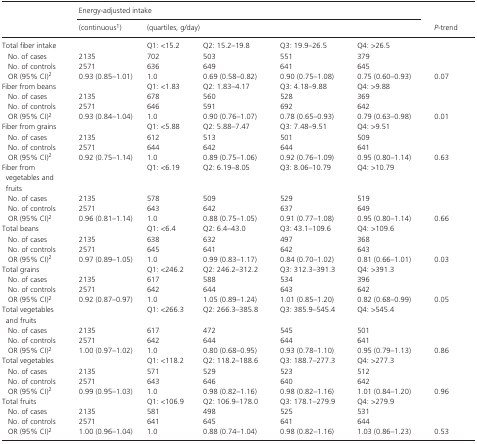
<table><thead><tr><td rowspan="2"></td><td colspan="5"><b>Energy‐adjusted intake</b></td><td rowspan="2"><b><i>P</i>‐trend</b></td></tr><tr><td><b>(continuousa)</b></td><td colspan="4"><b>(quartiles, g/day)</b></td></tr></thead><tbody><tr><td>Total fiber intake</td><td></td><td>Q1: &lt;15.2</td><td>Q2: 15.2–19.8</td><td>Q3: 19.9–26.5</td><td>Q4: &gt;26.5</td><td></td></tr><tr><td>No. of cases</td><td>2135</td><td>702</td><td>503</td><td>551</td><td>379</td><td></td></tr><tr><td>No. of controls</td><td>2571</td><td>636</td><td>649</td><td>641</td><td>645</td><td></td></tr><tr><td>OR (95% CI)b</td><td>0.93 (0.85–1.01)</td><td>1.0</td><td>0.69 (0.58–0.82)</td><td>0.90 (0.75–1.08)</td><td>0.75 (0.60–0.93)</td><td>0.07</td></tr><tr><td>Fiber from beans</td><td></td><td>Q1: &lt;1.83</td><td>Q2: 1.83–4.17</td><td>Q3: 4.18–9.88</td><td>Q4: &gt;9.88</td><td></td></tr><tr><td>No. of cases</td><td>2135</td><td>678</td><td>560</td><td>528</td><td>369</td><td></td></tr><tr><td>No. of controls</td><td>2571</td><td>646</td><td>591</td><td>692</td><td>642</td><td></td></tr><tr><td>OR (95% CI)b</td><td>0.93 (0.84–1.04)</td><td>1.0</td><td>0.90 (0.76–1.07)</td><td>0.78 (0.65–0.93)</td><td>0.79 (0.63–0.98)</td><td>0.01</td></tr><tr><td>Fiber from grains</td><td></td><td>Q1: &lt;5.88</td><td>Q2: 5.88–7.47</td><td>Q3: 7.48–9.51</td><td>Q4: &gt;9.51</td><td></td></tr><tr><td>No. of cases</td><td>2135</td><td>612</td><td>513</td><td>501</td><td>509</td><td></td></tr><tr><td>No. of controls</td><td>2571</td><td>644</td><td>642</td><td>644</td><td>641</td><td></td></tr><tr><td>OR (95% CI)b</td><td>0.92 (0.75–1.14)</td><td>1.0</td><td>0.89 (0.75–1.06)</td><td>0.92 (0.76–1.09)</td><td>0.95 (0.80–1.14)</td><td>0.63</td></tr><tr><td>Fiber from vegetables and fruits</td><td></td><td>Q1: &lt;6.19</td><td>Q2: 6.19–8.05</td><td>Q3: 8.06–10.79</td><td>Q4: &gt;10.79</td><td></td></tr><tr><td>No. of cases</td><td>2135</td><td>578</td><td>509</td><td>529</td><td>519</td><td></td></tr><tr><td>No. of controls</td><td>2571</td><td>643</td><td>642</td><td>637</td><td>649</td><td></td></tr><tr><td>OR (95% CI)b</td><td>0.96 (0.81–1.14)</td><td>1.0</td><td>0.88 (0.75–1.05)</td><td>0.91 (0.77–1.08)</td><td>0.95 (0.80–1.14)</td><td>0.66</td></tr><tr><td>Total beans</td><td></td><td>Q1: &lt;6.4</td><td>Q2: 6.4–43.0</td><td>Q3: 43.1–109.6</td><td>Q4: &gt;109.6</td><td></td></tr><tr><td>No. of cases</td><td>2135</td><td>638</td><td>632</td><td>497</td><td>368</td><td></td></tr><tr><td>No. of controls</td><td>2571</td><td>645</td><td>641</td><td>642</td><td>643</td><td></td></tr><tr><td>OR (95% CI)b</td><td>0.97 (0.89–1.05)</td><td>1.0</td><td>0.99 (0.83–1.17)</td><td>0.84 (0.70–1.02)</td><td>0.81 (0.66–1.01)</td><td>0.03</td></tr><tr><td>Total grains</td><td></td><td>Q1: &lt;246.2</td><td>Q2: 246.2–312.2</td><td>Q3: 312.3–391.3</td><td>Q4: &gt;391.3</td><td></td></tr><tr><td>No. of cases</td><td>2135</td><td>617</td><td>588</td><td>534</td><td>396</td><td></td></tr><tr><td>No. of controls</td><td>2571</td><td>642</td><td>644</td><td>643</td><td>642</td><td></td></tr><tr><td>OR (95% CI)b</td><td>0.92 (0.87–0.97)</td><td>1.0</td><td>1.05 (0.89–1.24)</td><td>1.01 (0.85–1.20)</td><td>0.82 (0.68–0.99)</td><td>0.05</td></tr><tr><td>Total vegetables and fruits</td><td></td><td>Q1: &lt;266.3</td><td>Q2: 266.3–385.8</td><td>Q3: 385.9–545.4</td><td>Q4: &gt;545.4</td><td></td></tr><tr><td>No. of cases</td><td>2135</td><td>617</td><td>472</td><td>545</td><td>501</td><td></td></tr><tr><td>No. of controls</td><td>2571</td><td>642</td><td>644</td><td>644</td><td>641</td><td></td></tr><tr><td>OR (95% CI)b</td><td>1.00 (0.97–1.02)</td><td>1.0</td><td>0.80 (0.68–0.95)</td><td>0.93 (0.78–1.10)</td><td>0.95 (0.79–1.13)</td><td>0.86</td></tr><tr><td>Total vegetables</td><td></td><td>Q1: &lt;118.2</td><td>Q2: 118.2–188.6</td><td>Q3: 188.7–277.3</td><td>Q4: &gt;277.3</td><td></td></tr><tr><td>No. of cases</td><td>2135</td><td>571</td><td>529</td><td>523</td><td>512</td><td></td></tr><tr><td>No. of controls</td><td>2571</td><td>643</td><td>646</td><td>640</td><td>642</td><td></td></tr><tr><td>OR (95% CI)b</td><td>0.99 (0.95–1.03)</td><td>1.0</td><td>0.98 (0.82–1.16)</td><td>0.98 (0.82–1.16)</td><td>1.01 (0.84–1.20)</td><td>0.96</td></tr><tr><td>Total fruits</td><td></td><td>Q1: &lt;106.9</td><td>Q2: 106.9–178.0</td><td>Q3: 178.1–279.9</td><td>Q4: &gt;279.9</td><td></td></tr><tr><td>No. of cases</td><td>2135</td><td>581</td><td>498</td><td>525</td><td>531</td><td></td></tr><tr><td>No. of controls</td><td>2571</td><td>641</td><td>645</td><td>641</td><td>644</td><td></td></tr><tr><td>OR (95% CI)b</td><td>1.00 (0.96–1.04)</td><td>1.0</td><td>0.88 (0.74–1.04)</td><td>0.98 (0.82–1.16)</td><td>1.03 (0.86–1.23)</td><td>0.53</td></tr></tbody></table>